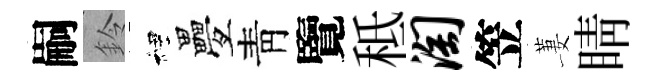
嗣鈴裡疊靑覽秪淘笠萋睛